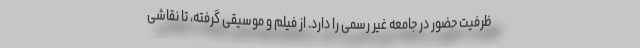
ظرفیت حضور در جامعه غیر رسمی را دارد. از فیلم و موسیقی گرفته، تا نقاشی